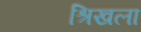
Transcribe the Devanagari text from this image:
श्रिखला